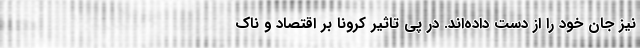
نیز جان خود را از دست داده‌اند. در پی تاثیر کرونا بر اقتصاد و ناک